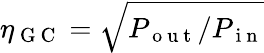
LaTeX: \eta_{\mathrm{~G~C~}}=\sqrt{P_{\mathrm{~o~u~t~}}/P_{\mathrm{~i~n~}}}